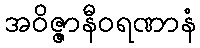
အဝိဇ္ဇာနီဝရဏာနံ